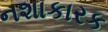
નશાકારક